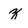
Character: z